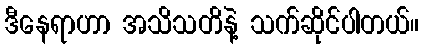
ဒီနေရာဟာ အသိသတိနဲ့ သက်ဆိုင်ပါတယ်။